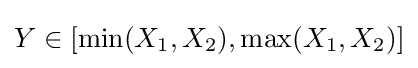
Y\in [\min(X_{1},X_{2}),\max(X_{1},X_{2})]